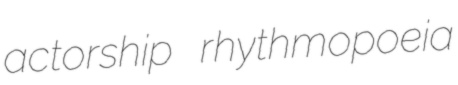
actorship rhythmopoeia